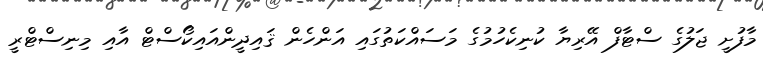
މާފުށީ ޖަލުގެ ސްޓާފް އޭރިޔާ ކުނިކެހުމުގެ މަސައްކަތުގައި އަންހެން ޤައިދީންއައިކޯސްޓް އާއި މިނިސްޓްރީ